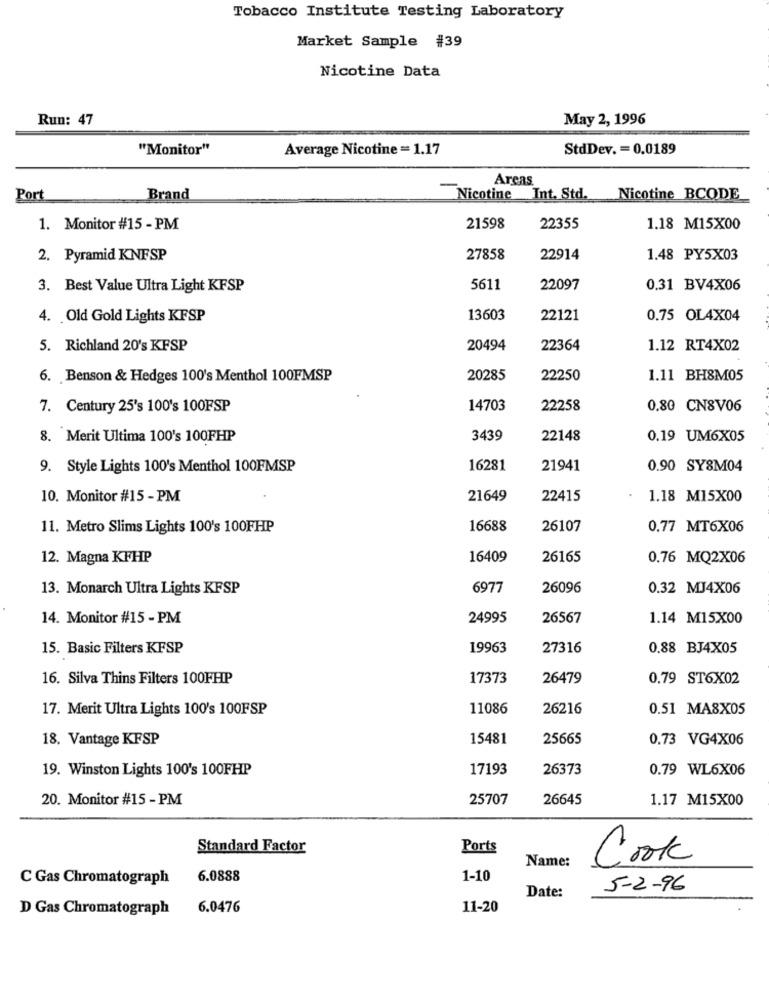
Tobacco Institute Testing Laboratory
Market Sample #39
Nicotine Data
Run: 47
May 2, 1996
"Monitor"
Average Nicotine = 1.17
StdDev. = 0.0189
Areas
Port
Brand
Nicotine Int. Std.
Nicotine_BCODE
1. Monitor #15 - PM
21598
22355
1.18 M15X00
2. Pyramid KNFSP
27858
22914
1.48 PY5X03
3. Best Value Ultra Light KFSP
5611
22097
0.31 BV4X06
4. Old Gold Lights KFSP
13603
22121
0.75 OL4X04
5. Richland 20's KFSP
20494
22364
1.12 RT4X02
6. Benson & Hedges 100's Menthol 100FMSP
20285
22250
1.11 BH8M05
7. Century 25's 100's 100FSP
14703
22258
0.80 CN8V06
8. Merit Ultima 100's 100FHP
3439
22148
0.19 UM6X05
9. Style Lights 100's Menthol 100FMSP
16281
21941
0.90 SY8M04
10. Monitor #15 - PM
21649
22415
1.18 M15X00
11. Metro Slims Lights 100's 100FHP
16688
26107
0.77 MT6X06
12. Magna KFHP
16409
26165
0.76 MQ2X06
13. Monarch Ultra Lights KFSP
6977
26096
0.32 MJ4X06
14. Monitor #15 - PM
24995
26567
1.14 M15X00
15. Basic Filters KFSP
19963
27316
0.88 BJ4X05
16. Silva Thins Filters 100FHP
17373
26479
0.79 ST6X02
17. Merit Ultra Lights 100's 100FSP
11086
26216
0.51 MA8X05
18. Vantage KFSP
15481
25665
0.73 VG4X06
19. Winston Lights 100's 100FHP
17193
26373
0.79 WL6X06
20. Monitor #15 - PM
25707
26645
1.17 M15X00
Standard Factor
Ports
Name:
Cook
C Gas Chromatograph
6.0888
1-10
Date:
5-2-96
D Gas Chromatograph
6.0476
11-20